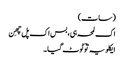
(سات)
اک لمحہ ہی، بس اک پل چھِن
ایکلویہ توؔ ٹوٹ گیا ۔